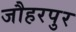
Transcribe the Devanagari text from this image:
जौहरपुर